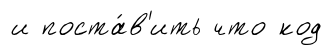
и поста́в'ить что код